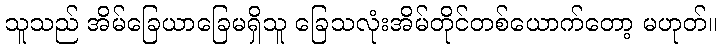
သူသည် အိမ်ခြေယာခြေမရှိသူ ခြေသလုံးအိမ်တိုင်တစ်ယောက်တော့ မဟုတ်။